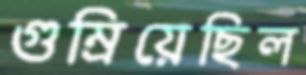
গুম্‌রিয়েছিল